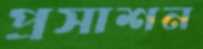
প্রসাশন